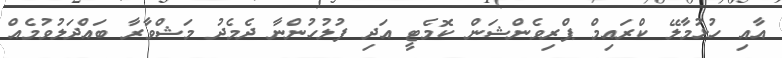
އާއި ހުޅުމާލޭ ކްރައިމް ޕްރިވެންޝަން ކޮމެޓީ އަދި ފުލުހުންނާ ދެމެދު މަޝްވާރާ ބައްދަލުވުމެއް